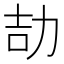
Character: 劼